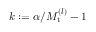
k : = \alpha / M _ { \mathrm { t } } ^ { ( l ) } - 1